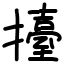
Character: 擡